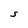
Character: S